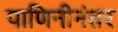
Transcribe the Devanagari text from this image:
पाणिनीनंतर